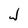
Character: J